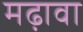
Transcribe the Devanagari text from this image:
मढ़ावा